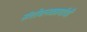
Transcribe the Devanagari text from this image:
संशोधनकार्याची